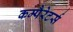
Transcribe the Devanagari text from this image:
कम्पैरेटर्स